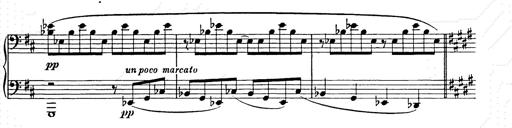
Title: Ballade No.2
Composer: Jan Skrzydlewski
Key: B minor